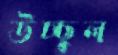
উচ্ছ্বল